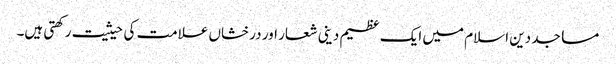
مساجد دین اسلام میں ایک عظیم دینی شعار اور درخشاں علامت کی حیثیت رکھتی ہیں۔